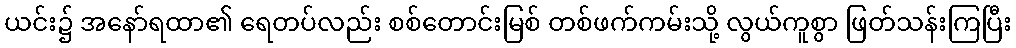
ယင်း၌ အနော်ရထာ၏ ရေတပ်လည်း စစ်တောင်းမြစ် တစ်ဖက်ကမ်းသို့ လွယ်ကူစွာ ဖြတ်သန်းကြပြီး